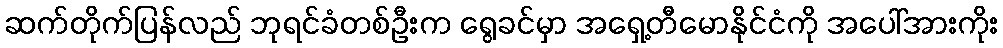
ဆက်တိုက်ပြန်လည် ဘုရင်ခံတစ်ဦးက ရွေခင်မှာ အရှေ့တီမောနိုင်ငံကို အပေါ်အားကိုး